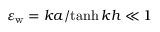
\varepsilon _ { \mathrm { w } } = { k a } / { \operatorname { t a n h } k h } \ll 1